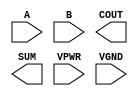
module sky130_fd_sc_hs__ha (
    //# {{data|Data Signals}}
    input  A   ,
    input  B   ,
    output COUT,
    output SUM ,

    //# {{power|Power}}
    input  VPWR,
    input  VGND
);
endmodule